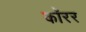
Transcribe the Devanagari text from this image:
कॉरर